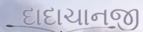
દાદાચાનજી